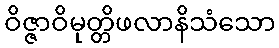
ဝိဇ္ဇာဝိမုတ္တိဖလာနိသံသော